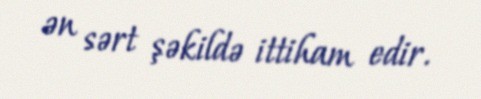
ən sərt şəkildə ittiham edir.